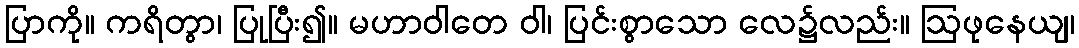
ပြာကို။ ကရိတွာ၊ ပြုပြီး၍။ မဟာဝါတေ ဝါ၊ ပြင်းစွာသော လေ၌လည်း။ ဩဖုနေယျ၊